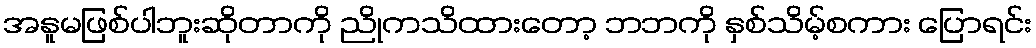
အနူမဖြစ်ပါဘူးဆိုတာကို ညိုကသိထားတော့ ဘဘကို နှစ်သိမ့်စကား ပြောရင်း